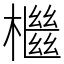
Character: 檵